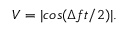
V = | c o s ( \Delta f t / 2 ) | .